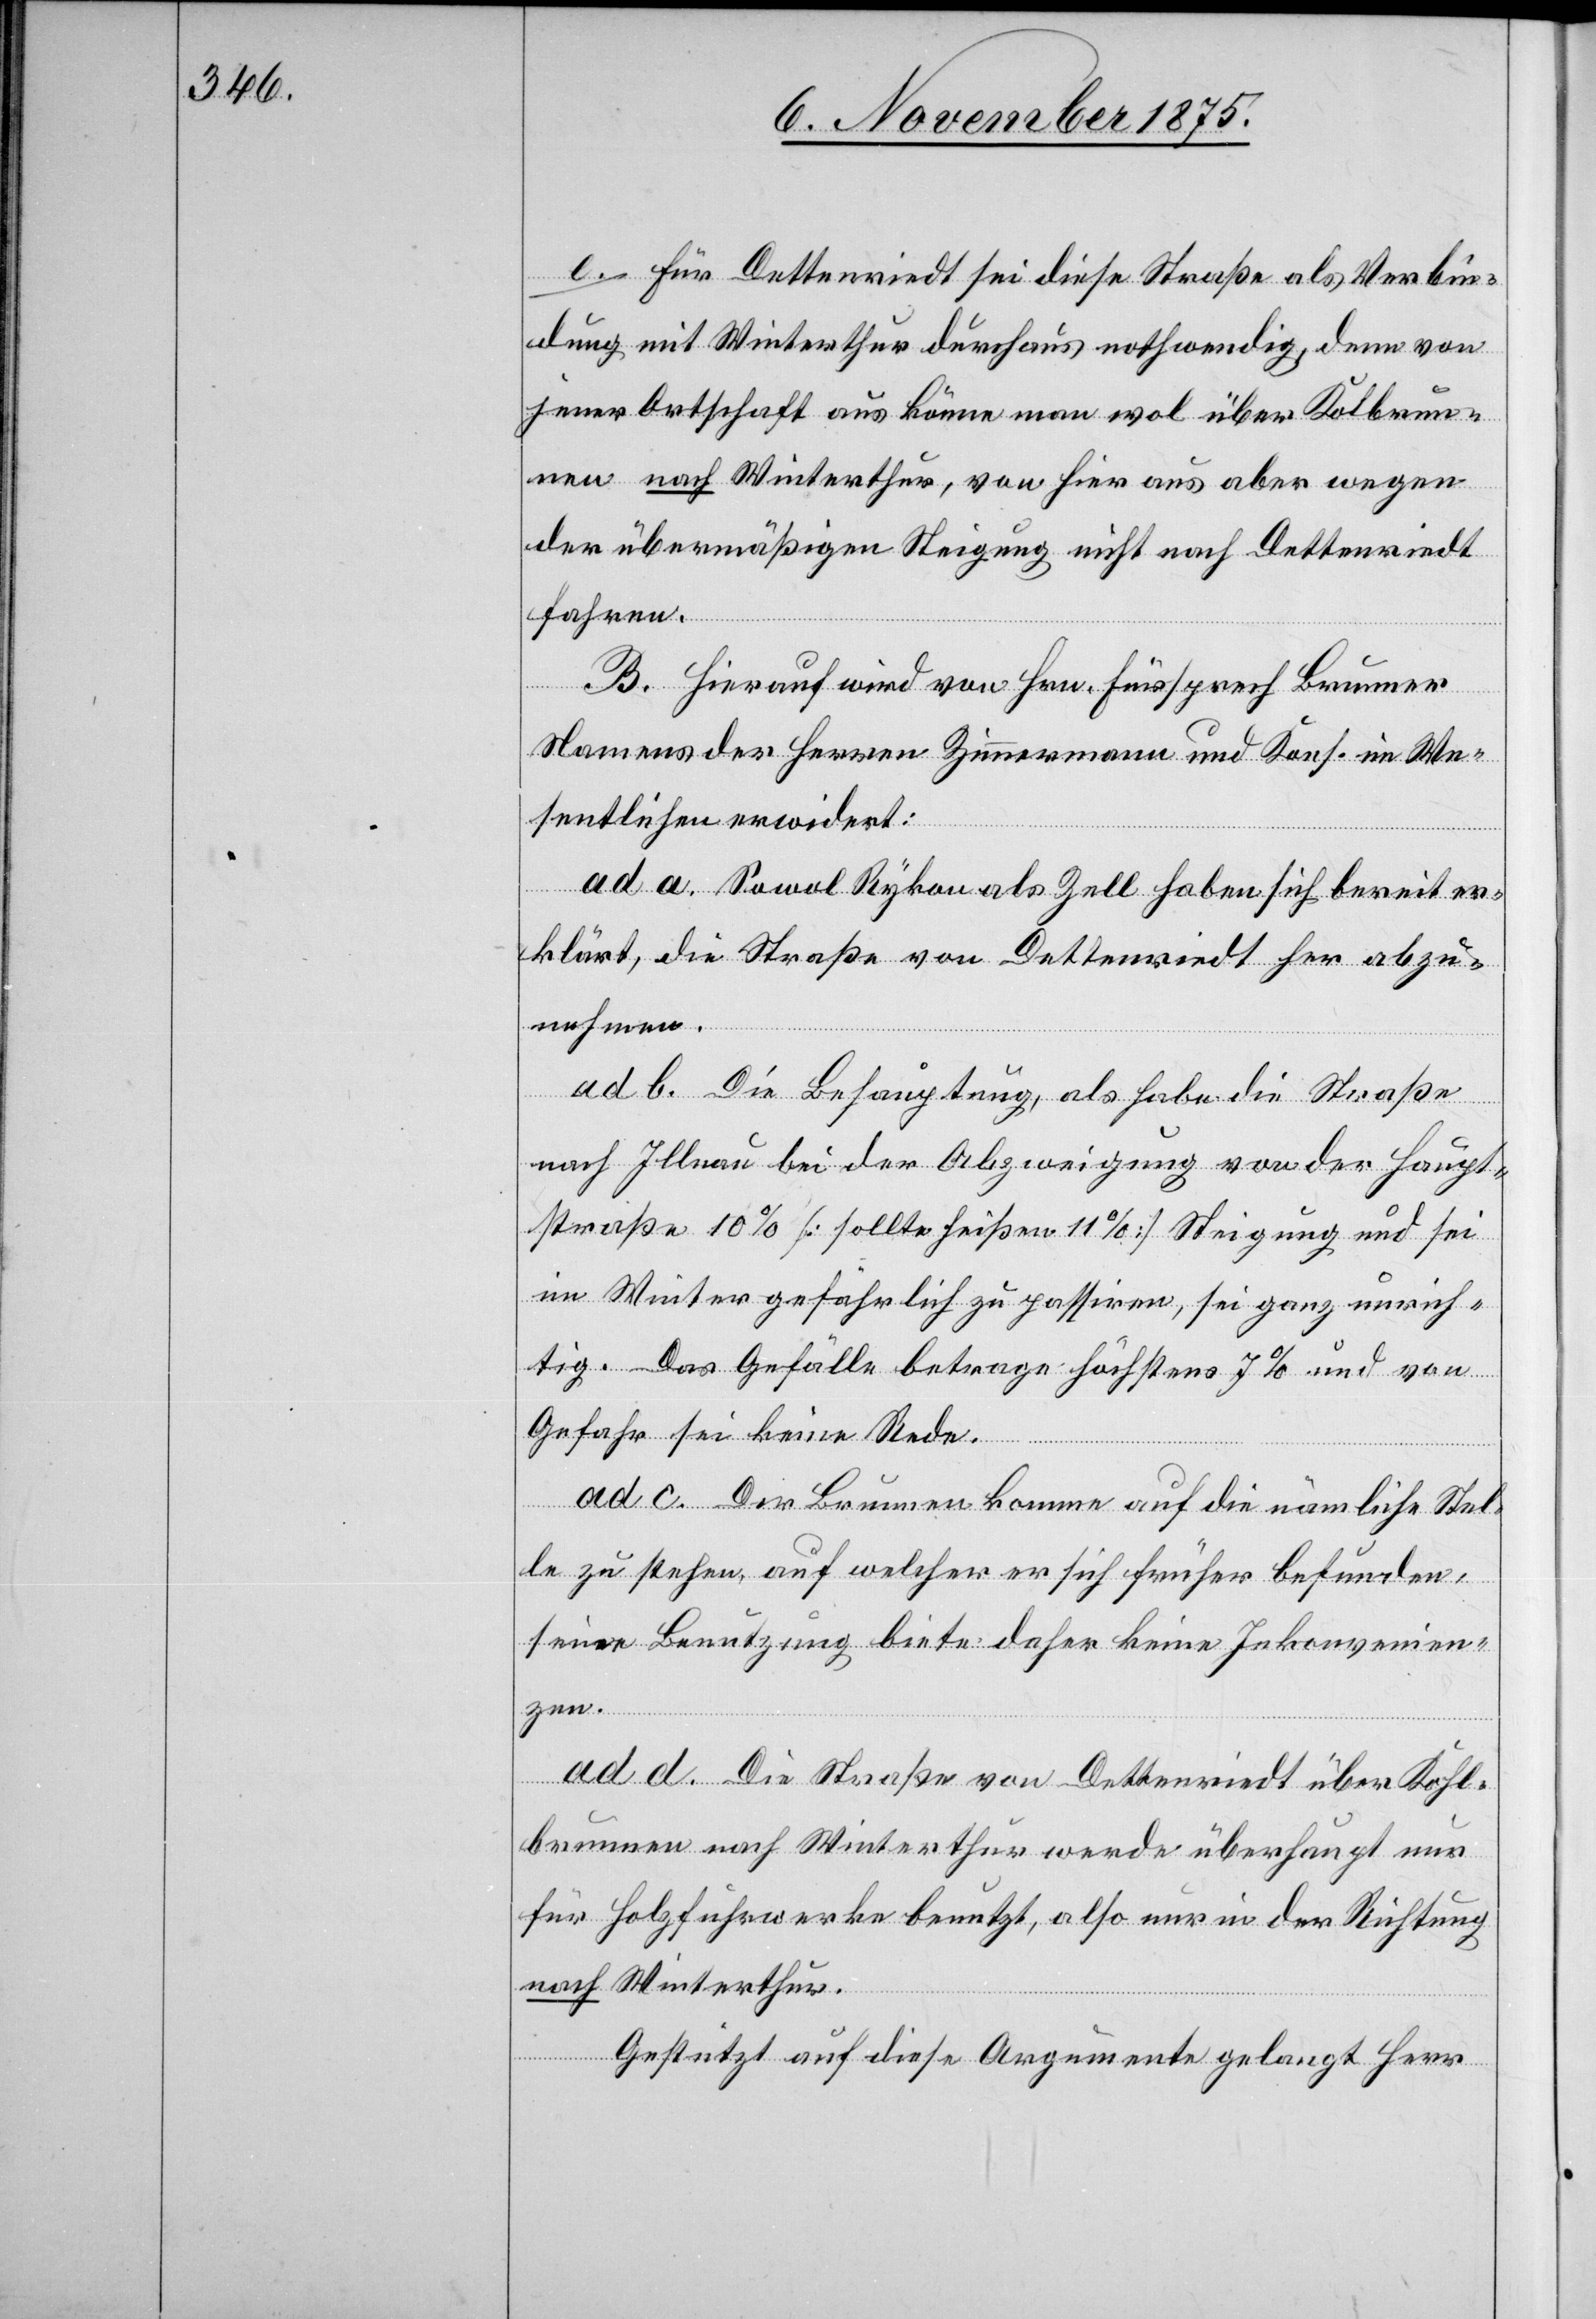
e. Für Dettenriedt sei diese Straße als Verbin¬
dung mit Winterthur durchaus nothwendig, denn von
jener Ortschaft aus könne man wol über Ko[h]lbrun¬
nen nach Winterthur, von hier aus aber wegen
der übermäßigen Steigung nicht nach Dettenriedt
fahren.
B. Hierauf wird von Hrn. Fürsprech Brunner
Namens der Herren Zimmermann und Kons. im We¬
sentlichen erwidert:
ad a. Sowol Rykon als Zell haben sich bereit er¬
klärt, die Straße von Dettenriedt her abzu¬
nehmen.
ad b. Die Behauptung, als habe die Straße
nach Illnau bei der Abzweigung von der Haupt¬
straße 10% [sollte heißen 11%] Steigung und sei
im Winter gefährlich zu passiren, sei ganz unrich¬
tig. Das Gefälle betrage höchstens 7% und von
Gefahr sei keine Rede.
ad c. Der Brunnen komme auf die nämliche Stel¬
le zu stehen, auf welcher er sich früher befunden,
seine Benutzung biete daher keine Inkonvenien¬
zen.
ad d. Die Straße von Dettenriedt über Kohl¬
brunnen nach Winterthur werde überhaupt nur
für Holzfuhrwerke benutzt, also nur in der Richtung
nach Winterthur.
Gestützt auf diese Argumente gelangt Herr